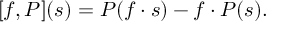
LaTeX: [ f , P ] ( s ) = P ( f \cdot s ) - f \cdot P ( s ) .